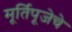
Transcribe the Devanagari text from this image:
मूर्तिपूजेचे